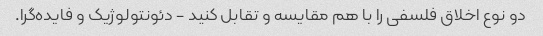
دو نوع اخلاق فلسفی را با هم مقایسه و تقابل کنید - دئونتولوژیک و فایده‌گرا.